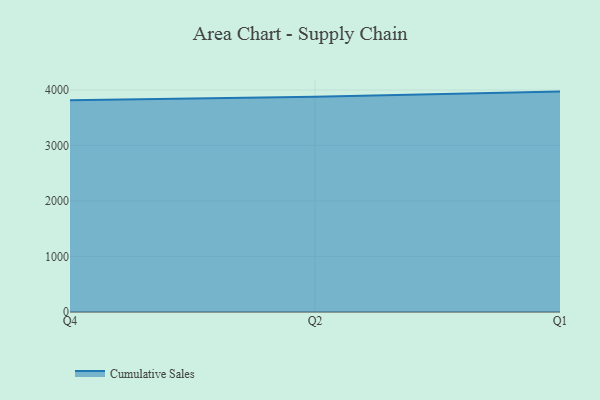
{"axis": {"x": "Quarter", "y": "Website Visitors"}, "legend": ["Cumulative Sales"], "data": [{"x": "Q4", "y": 3813.6, "type": "Cumulative Sales"}, {"x": "Q2", "y": 3876.7, "type": "Cumulative Sales"}, {"x": "Q1", "y": 3970.6, "type": "Cumulative Sales"}]}